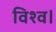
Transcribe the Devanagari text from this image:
विश्व।